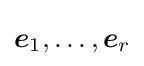
{\boldsymbol {e}}_{1},\dots ,{\boldsymbol {e}}_{r}